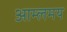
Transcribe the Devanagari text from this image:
आम्लमय